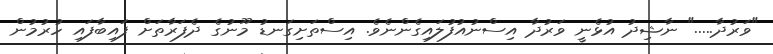
"ވަރުދާ....." ނާޝިދު އުޅެނީ ވަރުދާ އިސްނުއުފުލައިގެންނެވެ. އިސްތަށިގަނޑު މޫނުގެ ދެފަރާތަށް ފައިބާފައި ހުރުމުން